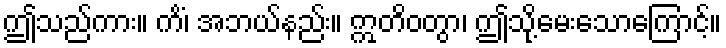
ဤသည်ကား။ ကိံ၊ အဘယ်နည်း။ ဣတိဝတွာ၊ ဤသို့မေးသောကြောင့်။